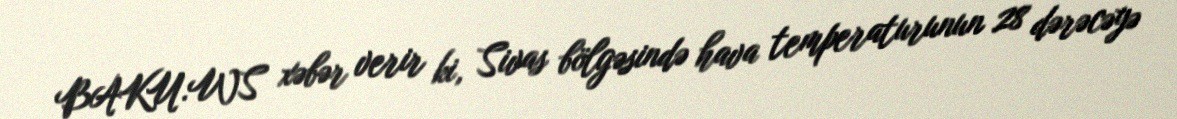
BAKU.WS xəbər verir ki, Sivas bölgəsində hava temperaturunun 28 dərəcəyə